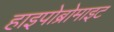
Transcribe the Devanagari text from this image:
हाइपोब्रोमाइट